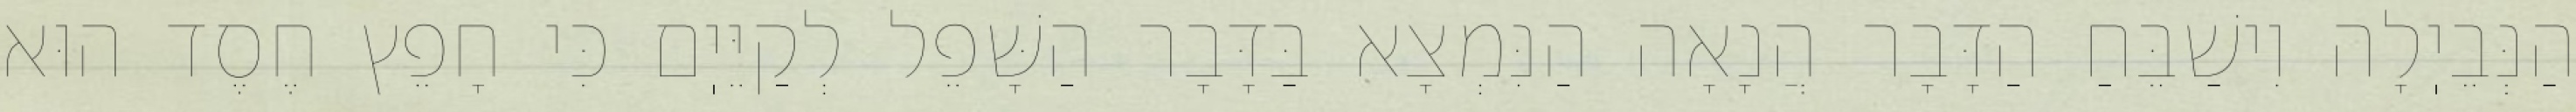
הַנְּבֵיֽלָה וִישַׁבֵּחַ הַדָּבָר הֲנָאָה הַנִּמְצָא בַּדָּבָר הַשָּׁפֵל לְקַיֵּיֽם כִּי חָפֵץ חֶסֶד הוּא